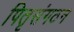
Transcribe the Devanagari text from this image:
पितृसंगठन